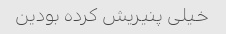
خیلی پنیریش کرده بودین